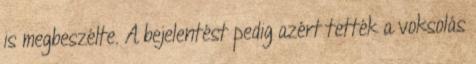
is megbeszélte. A bejelentést pedig azért tették a voksolás